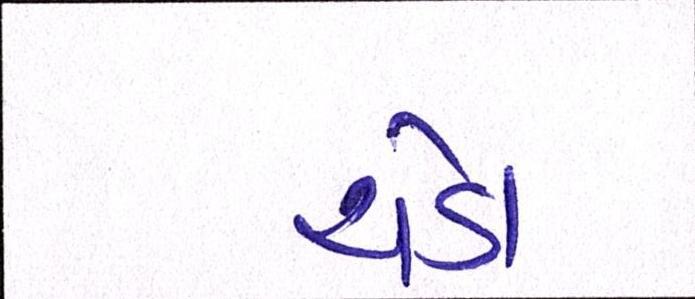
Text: ચેડા